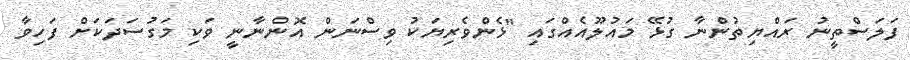
ފަލަސްތީނު ރައްޔިތުންނާ ގުޅޭ މައުލޫއެއްގައި "ޅެންވެރިޔަކު ވިސްނަން އޮންނާނީ ވަކި މަގުސަދަކަށް ފަހިވާ